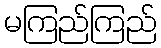
မကြည်ကြည်